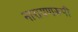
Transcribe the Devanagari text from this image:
नारायणरूपी